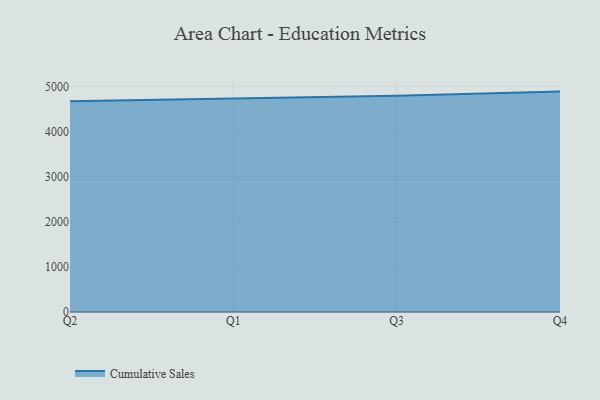
{"axis": {"x": "Quarter", "y": "LTV (USD)"}, "legend": ["Cumulative Sales"], "data": [{"x": "Q2", "y": 4671.9, "type": "Cumulative Sales"}, {"x": "Q1", "y": 4724.2, "type": "Cumulative Sales"}, {"x": "Q3", "y": 4789.5, "type": "Cumulative Sales"}, {"x": "Q4", "y": 4883.9, "type": "Cumulative Sales"}]}